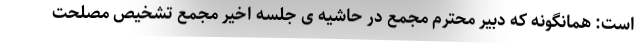
است: همانگونه که دبیر محترم مجمع در حاشیه ی جلسه اخیر مجمع تشخیص مصلحت